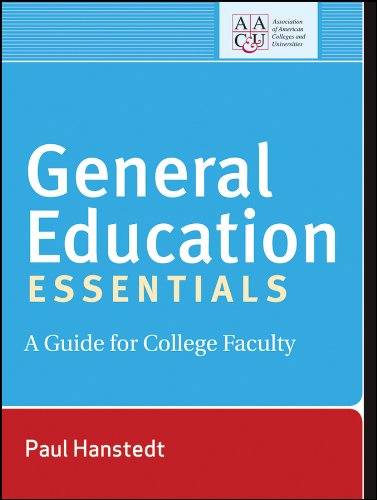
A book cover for General Education Essentials: A Guide for College Faculty; Paul Hanstedt; Education & Teaching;